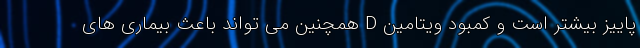
پاییز بیشتر است و کمبود ویتامین D همچنین می تواند باعث بیماری های